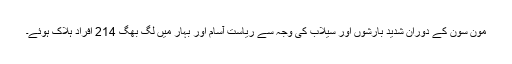
مون سون کے دوران شدید بارشوں اور سیلاب کی وجہ سے ریاست آسام اور بہار میں لگ بھگ 214 افراد ہلاک ہوئے۔